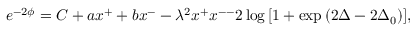
e ^ { - 2 \phi } = C + a x ^ { + } + b x ^ { - } - \lambda ^ { 2 } x ^ { + } x ^ { -- } 2 \log { [ 1 + \exp { ( 2 \Delta - 2 \Delta _ { 0 } ) } ] } ,